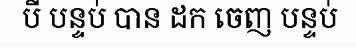
បី បន្ទប់ បាន ដក ចេញ បន្ទប់